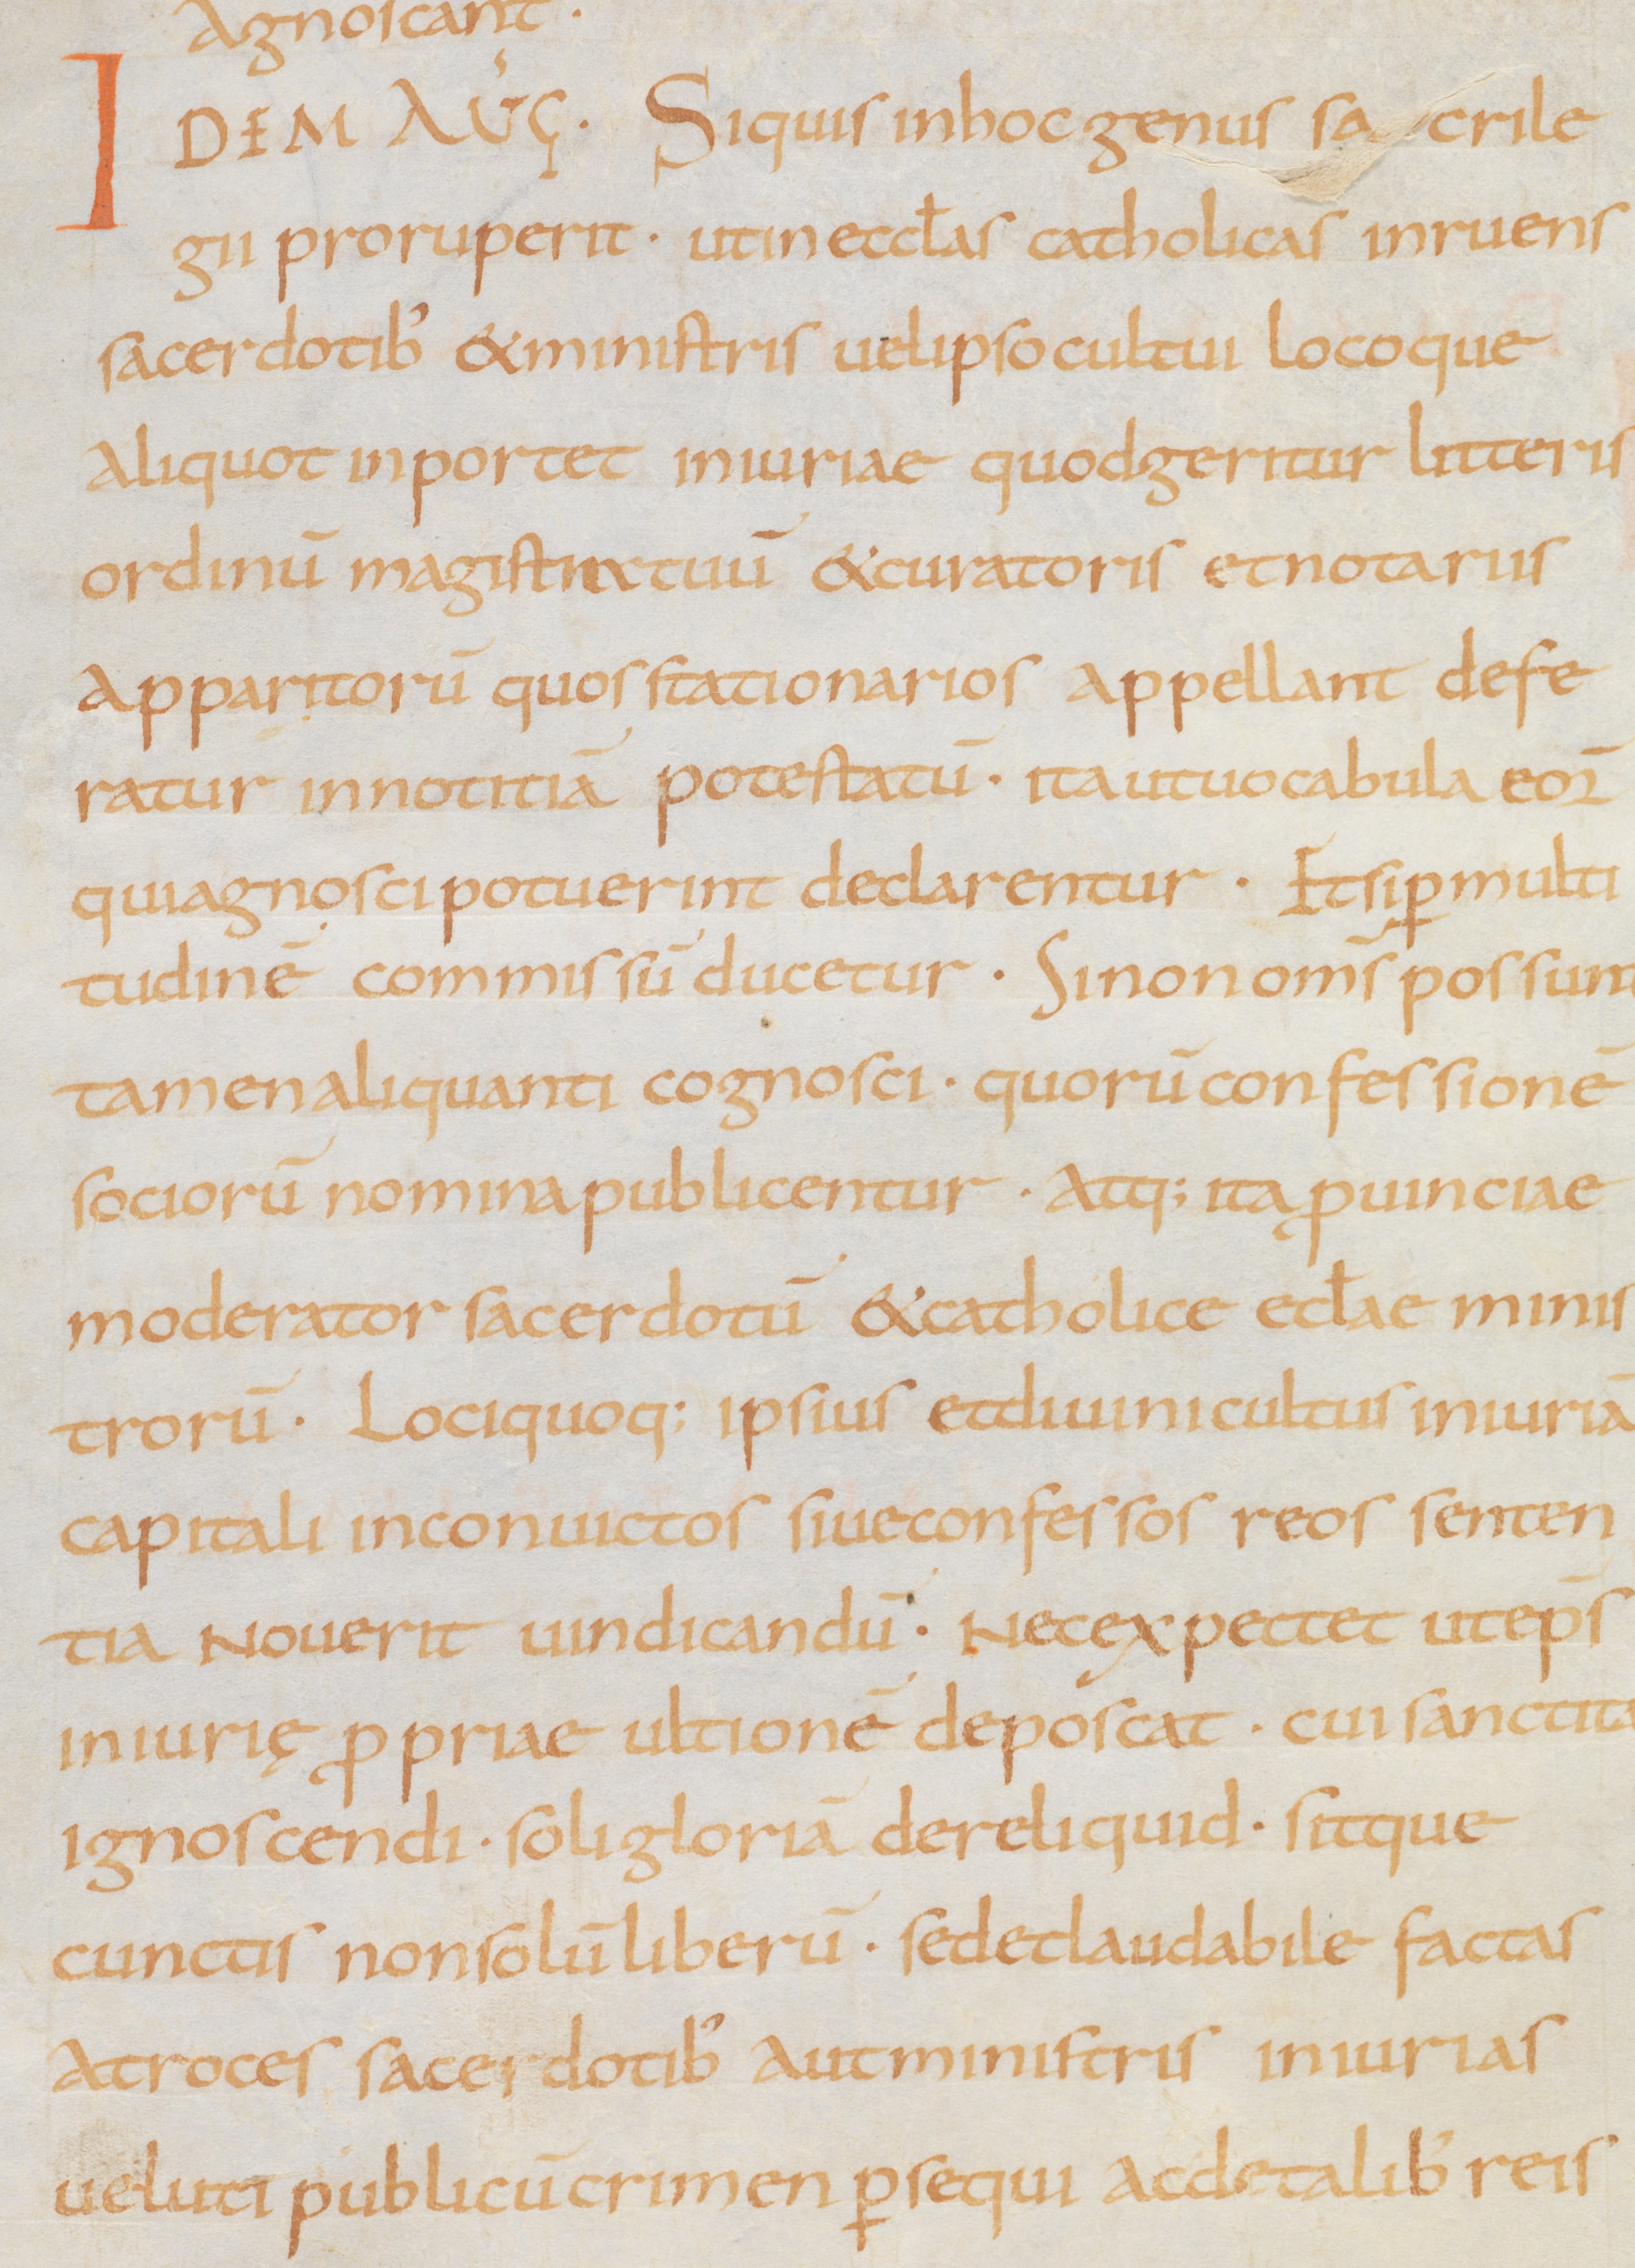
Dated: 875–899